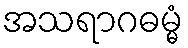
အသရာဂဓမ္မံ